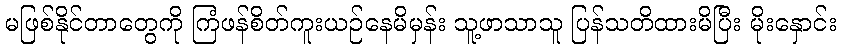
မဖြစ်နိုင်တာတွေကို ကြံဖန်စိတ်ကူးယဉ်နေမိမှန်း သူ့ဖာသာသူ ပြန်သတိထားမိပြီး မိုးနှောင်း